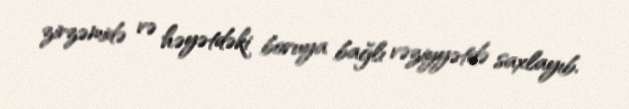
zirzəmidə və həyətdəki boruya bağlı vəziyyətdə saxlayıb.